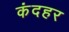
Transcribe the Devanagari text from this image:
कंदहर